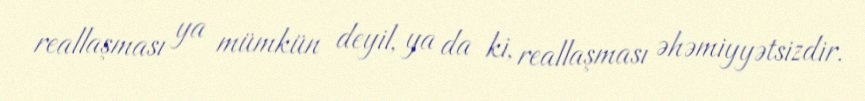
reallaşması ya mümkün deyil, ya da ki, reallaşması əhəmiyyətsizdir.